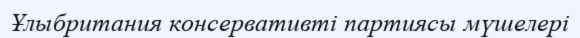
Ұлыбритания консервативті партиясы мүшелері